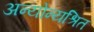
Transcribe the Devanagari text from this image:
अन्योन्यश्रित